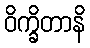
ဝိက္ခိတာနိ